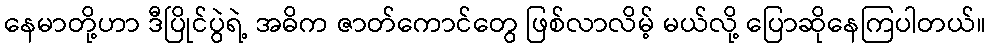
နေမာတို့ဟာ ဒီပြိုင်ပွဲရဲ့ အဓိက ဇာတ်ကောင်တွေ ဖြစ်လာလိမ့် မယ်လို့ ပြောဆိုနေကြပါတယ်။